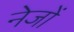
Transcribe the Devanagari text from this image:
नेजों